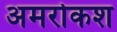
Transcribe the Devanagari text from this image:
अमरोकश